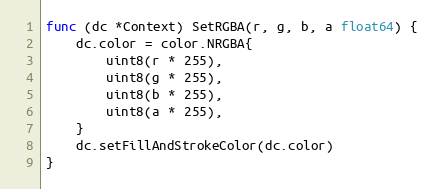
Language: Go
func (dc *Context) SetRGBA(r, g, b, a float64) {
	dc.color = color.NRGBA{
		uint8(r * 255),
		uint8(g * 255),
		uint8(b * 255),
		uint8(a * 255),
	}
	dc.setFillAndStrokeColor(dc.color)
}